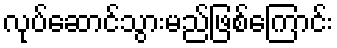
လုပ်ဆောင်သွားမည်ဖြစ်ကြောင်း